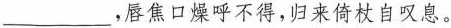
___，唇焦口燥呼不得，归来倚杖自叹息。